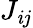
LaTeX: J_{\mathit{i}j}